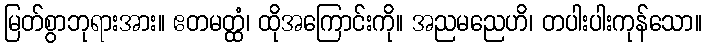
မြတ်စွာဘုရားအား။ ဧတမတ္ထံ၊ ထိုအကြောင်းကို။ အညမညေဟိ၊ တပါးပါးကုန်သော။